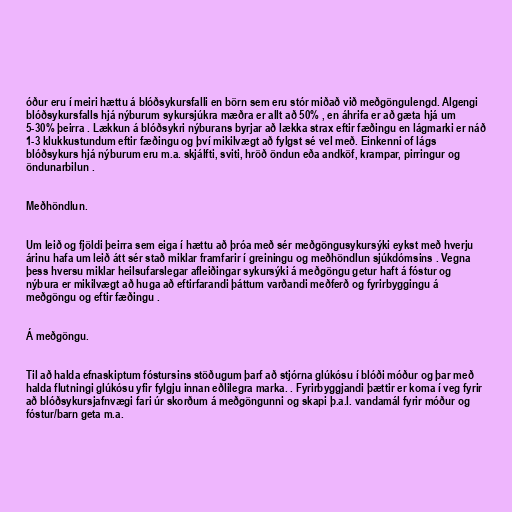
óður eru í meiri hættu á blóðsykursfalli en börn sem eru stór miðað við meðgöngulengd. Algengi
blóðsykursfalls hjá nýburum sykursjúkra mæðra er allt að 50% , en áhrifa er að gæta hjá um
5-30% þeirra . Lækkun á blóðsykri nýburans byrjar að lækka strax eftir fæðingu en lágmarki er náð
1-3 klukkustundum eftir fæðingu og því mikilvægt að fylgst sé vel með. Einkenni of lágs
blóðsykurs hjá nýburum eru m.a. skjálfti, sviti, hröð öndun eða andköf, krampar, pirringur og
öndunarbilun .

Meðhöndlun.

Um leið og fjöldi þeirra sem eiga í hættu að þróa með sér meðgöngusykursýki eykst með hverju
árinu hafa um leið átt sér stað miklar framfarir í greiningu og meðhöndlun sjúkdómsins . Vegna
þess hversu miklar heilsufarslegar afleiðingar sykursýki á meðgöngu getur haft á fóstur og
nýbura er mikilvægt að huga að eftirfarandi þáttum varðandi meðferð og fyrirbyggingu á
meðgöngu og eftir fæðingu .

Á meðgöngu.

Til að halda efnaskiptum fóstursins stöðugum þarf að stjórna glúkósu í blóði móður og þar með
halda flutningi glúkósu yfir fylgju innan eðlilegra marka. . Fyrirbyggjandi þættir er koma í veg fyrir
að blóðsykursjafnvægi fari úr skorðum á meðgöngunni og skapi þ.a.l. vandamál fyrir móður og
fóstur/barn geta m.a.